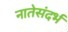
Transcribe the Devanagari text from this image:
नातेसंदर्भ